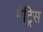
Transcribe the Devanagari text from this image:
मेट्रिस